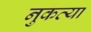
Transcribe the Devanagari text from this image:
नुकत्या